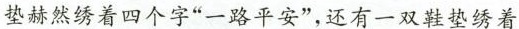
垫赫然绣着四个字“一路平安”，还有一双鞋垫绣着